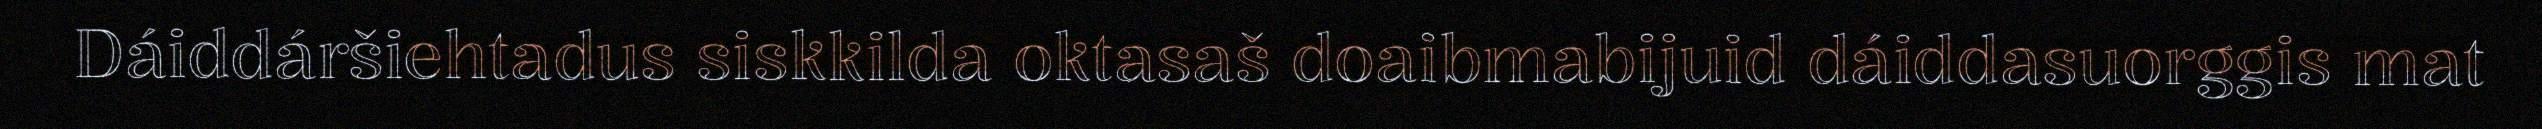
Dáiddáršiehtadus siskkilda oktasaš doaibmabijuid dáiddasuorggis mat